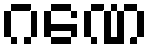
ဂဏေ